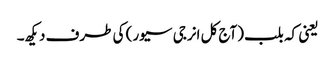
یعنی کہ بلب (آج کل انرجی سیور) کی طرف دیکھ۔